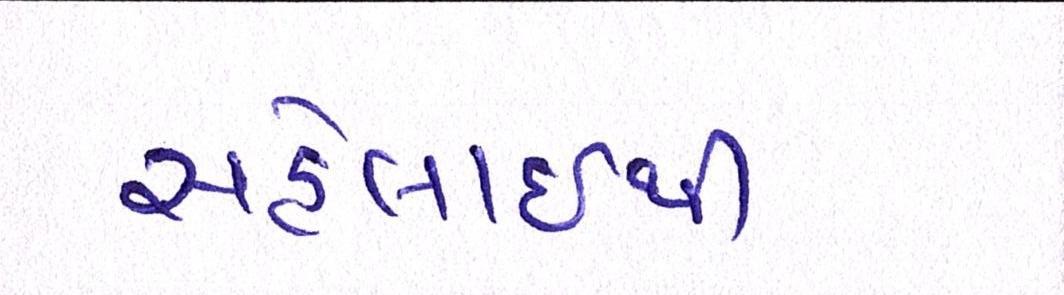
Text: સહેલાઇથી